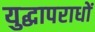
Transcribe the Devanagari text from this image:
युद्धापराधों